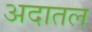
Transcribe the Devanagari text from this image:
अदातल